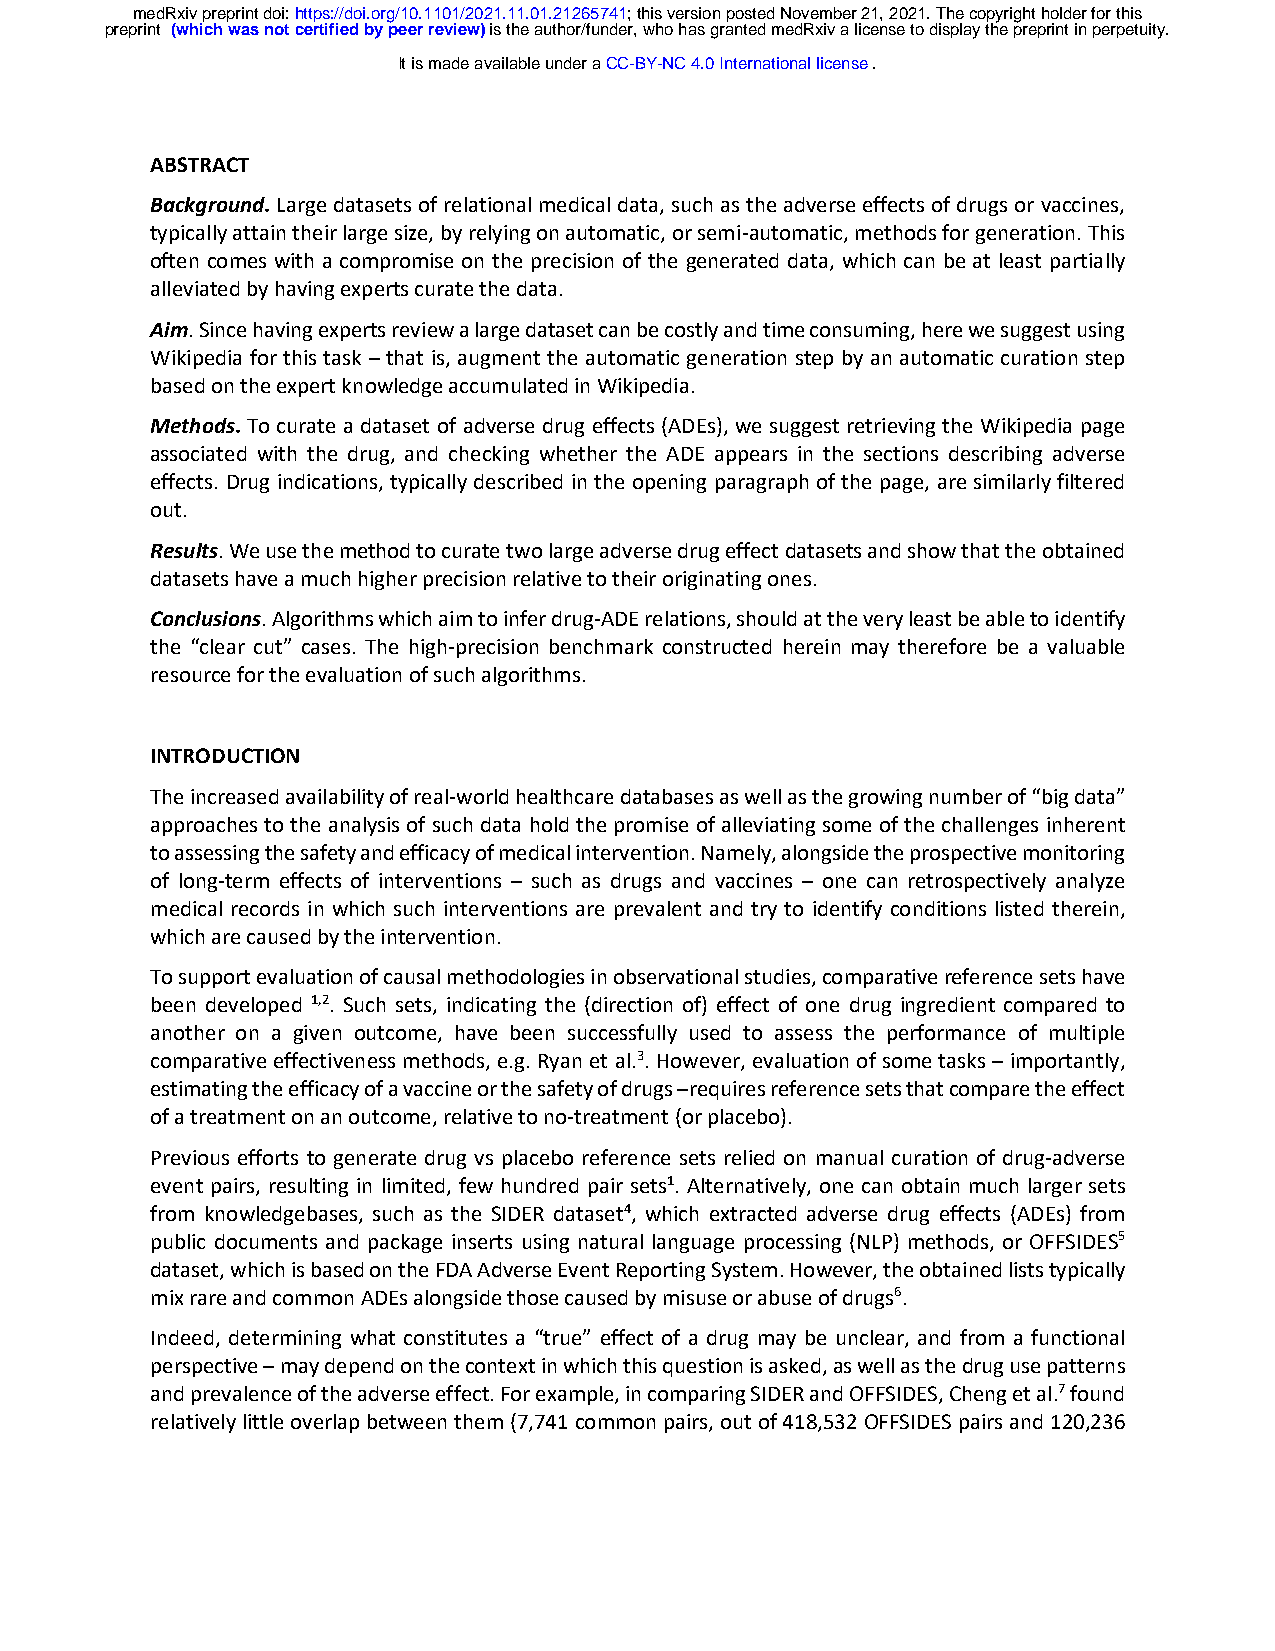
medRxiv preprint doi: https://doi.org/10.1101/2021.11.01.21265741; this version posted November 21, 2021. The copyright holder for this
 preprint (which was not certified by peer review) is the author/funder, who has granted medRxiv a license to display the preprint in perpetuity.
 It is made available under a CC-BY-NC 4.0 International license .
 ABSTRACT
 Background. Large datasets of relational medical data, such as the adverse effects of drugs or vaccines,
 typically attain their large size, by relying on automatic, or semi-automatic, methods for generation. This
 often comes with a compromise on the precision of the generated data, which can be at least partially
 alleviated by having experts curate the data.
 Aim. Since having experts review a large dataset can be costly and time consuming, here we suggest using
 Wikipedia for this task – that is, augment the automatic generation step by an automatic curation step
 based on the expert knowledge accumulated in Wikipedia.
 Methods. To curate a dataset of adverse drug effects (ADEs), we suggest retrieving the Wikipedia page
 associated with the drug, and checking whether the ADE appears in the sections describing adverse
 effects. Drug indications, typically described in the opening paragraph of the page, are similarly filtered
 out.
 Results. We use the method to curate two large adverse drug effect datasets and show that the obtained
 datasets have a much higher precision relative to their originating ones.
 Conclusions. Algorithms which aim to infer drug-ADE relations, should at the very least be able to identify
 the “clear cut” cases. The high-precision benchmark constructed herein may therefore be a valuable
 resource for the evaluation of such algorithms.
 INTRODUCTION
 The increased availability of real-world healthcare databases as well as the growing number of “big data”
 approaches to the analysis of such data hold the promise of alleviating some of the challenges inherent
 to assessing the safety and efficacy of medical intervention. Namely, alongside the prospective monitoring
 of long-term effects of interventions – such as drugs and vaccines – one can retrospectively analyze
 medical records in which such interventions are prevalent and try to identify conditions listed therein,
 which are caused by the intervention.
 To support evaluation of causal methodologies in observational studies, comparative reference sets have
 been developed 1,2. Such sets, indicating the (direction of) effect of one drug ingredient compared to
 another on a given outcome, have been successfully used to assess the performance of multiple
 comparative effectiveness methods, e.g. Ryan et al.3. However, evaluation of some tasks – importantly,
 estimating the efficacy of a vaccine or the safety of drugs –requires reference sets that compare the effect
 of a treatment on an outcome, relative to no-treatment (or placebo).
 Previous efforts to generate drug vs placebo reference sets relied on manual curation of drug-adverse
 event pairs, resulting in limited, few hundred pair sets1. Alternatively, one can obtain much larger sets
 from knowledgebases, such as the SIDER dataset4, which extracted adverse drug effects (ADEs) from
 public documents and package inserts using natural language processing (NLP) methods, or OFFSIDES5
 dataset, which is based on the FDA Adverse Event Reporting System. However, the obtained lists typically
 mix rare and common ADEs alongside those caused by misuse or abuse of drugs6.
 Indeed, determining what constitutes a “true” effect of a drug may be unclear, and from a functional
 perspective – may depend on the context in which this question is asked, as well as the drug use patterns
 and prevalence of the adverse effect. For example, in comparing SIDER and OFFSIDES, Cheng et al.7 found
 relatively little overlap between them (7,741 common pairs, out of 418,532 OFFSIDES pairs and 120,236